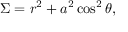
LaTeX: \Sigma = r ^ { 2 } + a ^ { 2 } \cos ^ { 2 } \theta ,